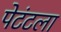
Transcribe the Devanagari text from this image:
पेटंटला